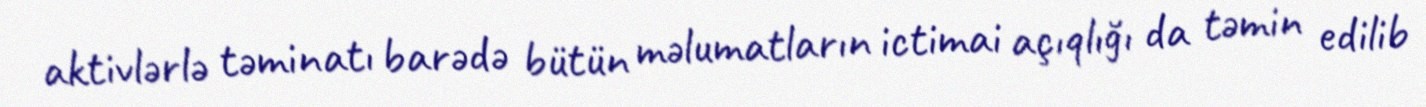
aktivlərlə təminatı barədə bütün məlumatların ictimai açıqlığı da təmin edilib